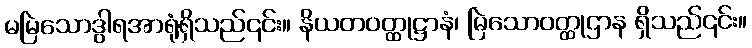
မမြဲသောဒွါရအာရုံရှိသည်၎င်း။ နိယတဝတ္ထုဋ္ဌာနံ၊ မြဲသောဝတ္ထုဌာန ရှိသည်၎င်း။